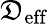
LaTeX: \mathfrak{D}_{\mathrm{{eff}}}